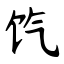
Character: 饩